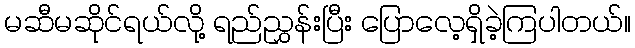
မဆီမဆိုင်ရယ်လို့ ရည်ညွှန်းပြီး ပြောလေ့ရှိခဲ့ကြပါတယ်။